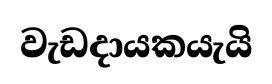
වැඩදායකයැයි